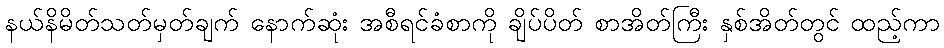
နယ်နိမိတ်သတ်မှတ်ချက် နောက်ဆုံး အစီရင်ခံစာကို ချိပ်ပိတ် စာအိတ်ကြီး နှစ်အိတ်တွင် ထည့်ကာ